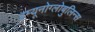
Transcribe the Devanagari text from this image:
इम्यूनोग्लोबुलिन्स